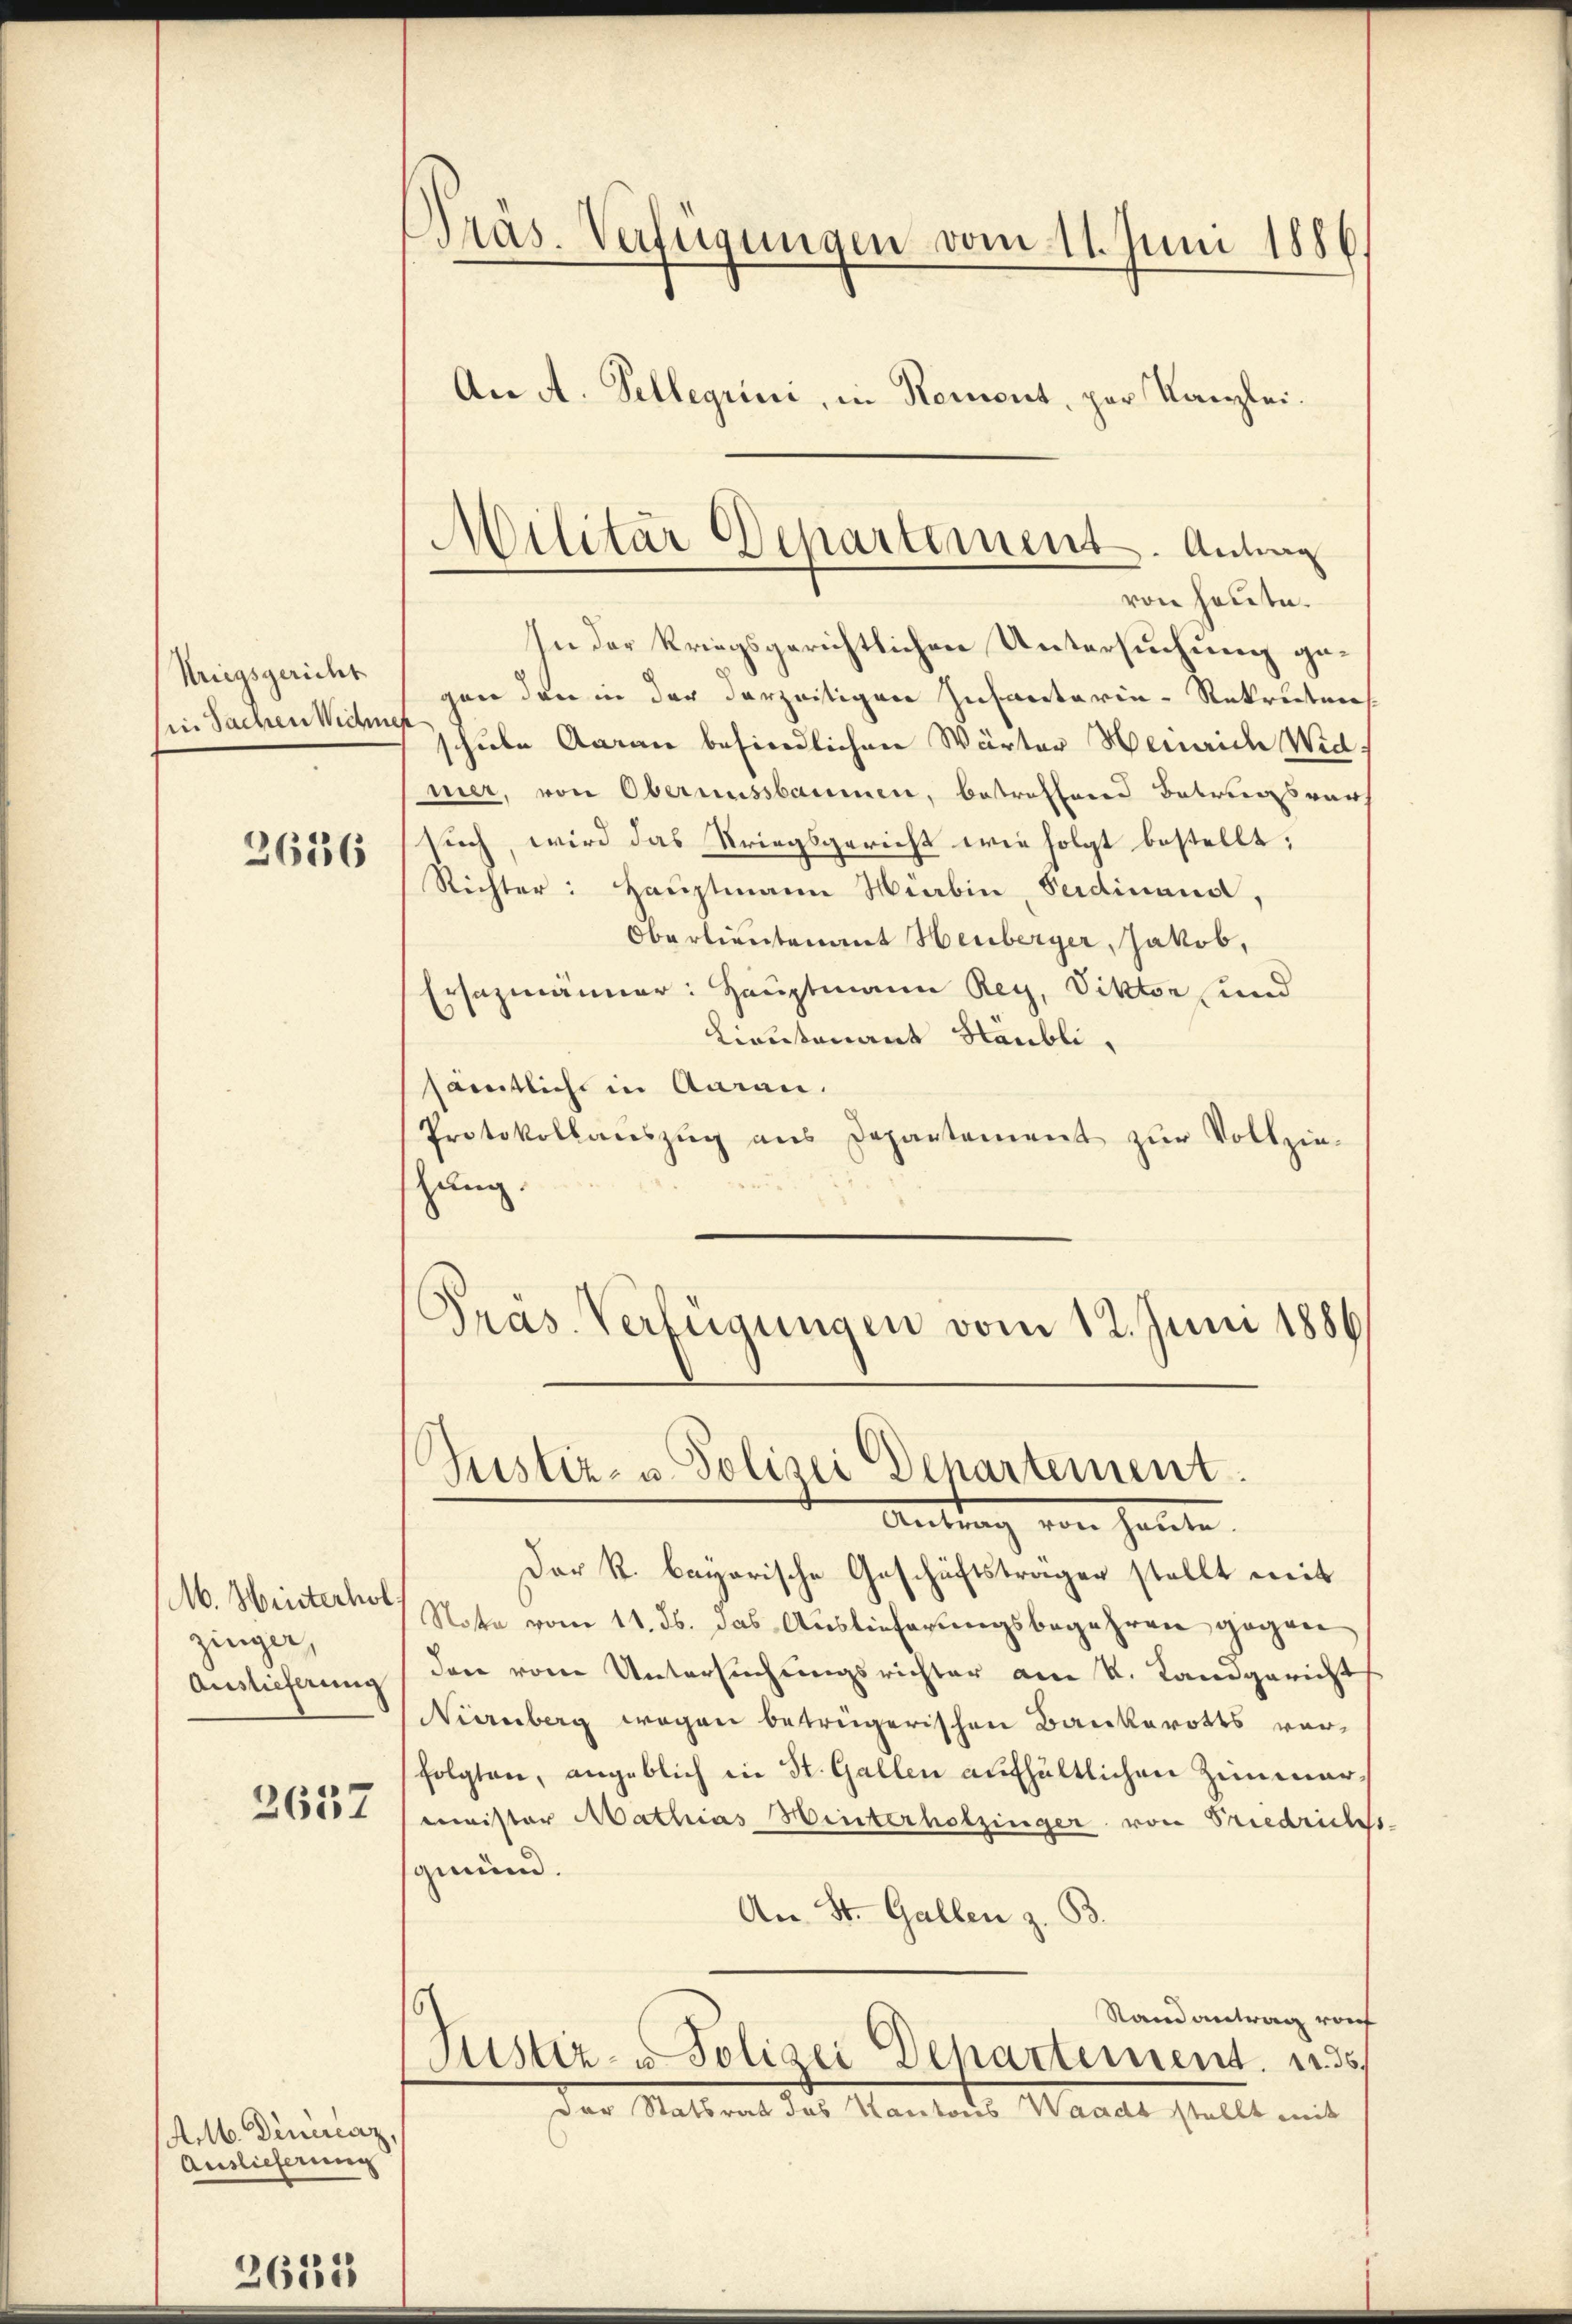
Kriegsgericht
in Sachen Wichne

3636

M. Hinterhob
zinger,
Auslieferung

3657

Actb. Deniriaz,
Auslieferung

2635

Präs. Verfügungen vom 11. Juni 1886
An A. Pellegiini, in Rement, par Kanzlei.

In der kriegsgerichtlichen Untersuchung gegen den in der derzeitigen Infanterie-Rekruten
schule Aarau befindlichen Wärter Henrich Widmer, von Oberaussbaumen, betroffend Betragsverh
such, wird das Kriegsgericht wie folgt bestellt;
Richter: Hauptmann Wrabin, Ferdinand,
Oberlieutenant Heuberger, Jakob,
Ersezmänner: Hauptmann Rey, Viktor und
Lieutenant Stäubli,
sämtliche in Aarau
Protokollauszug aus Departement zur Vollzie-
thung.
Präs. Verfügungen vom 12. Juni 1886
Pustiz- u Polizei Departement
Antrag von heute.
Der R. bayerische Geschäftsträgen stellt mit
Statte vom 11. ds. das Auslieferungsbegehren gegen
dare vom Untersuchungsrichter am K. Landgericht
Nienberg wegen betrügerischen Bankerotts vorfolgten, angeblich in St. Gallen aufhältlichen Zimmermister Mathias Winterholzinger von Friedricht
ginün.
An St. Gallen z. B.
¬
Stand antrag vorf
Justiz- & Polizei Departement. 22. 35
der Statsrat das Kantons Waadt stellt mit

Militär Departement. Antrag
von heute.